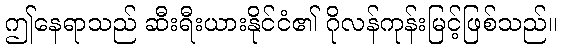
ဤနေရာသည် ဆီးရီးယားနိုင်ငံ၏ ဂိုလန်ကုန်းမြင့်ဖြစ်သည်။